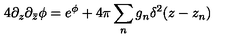
4 \partial _ { z } \partial _ { \bar { z } } \phi = e ^ { \phi } + 4 \pi \sum _ { n } g _ { n } \delta ^ { 2 } ( z - z _ { n } )